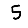
Digit: 5